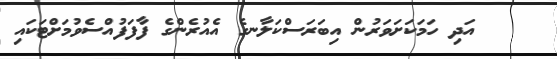
އަދި ހަމަކަށަވަރުން އިބަރަސްކަލާނގެ އެއުރެންގެ ފާފަފުއްސެވުމަށްޓަކައި